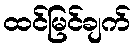
ထင်မြင်ချက်